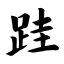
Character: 跬